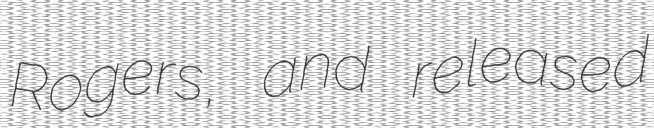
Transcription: Rogers, and released